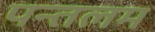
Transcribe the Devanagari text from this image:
पन्तलम